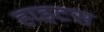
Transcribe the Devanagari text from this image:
हाइटस